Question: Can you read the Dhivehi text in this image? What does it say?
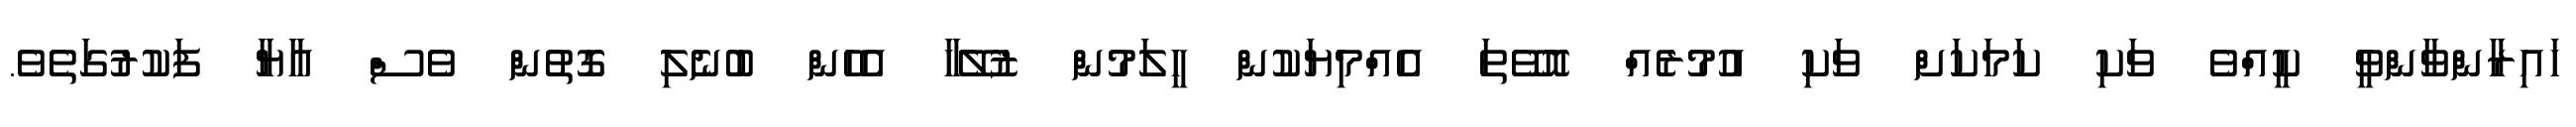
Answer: ހައިރާންވާންވީ ކީއްވެ ވަކި ކަމަކަށް ވަކި އުމުރެއް އޮވޭތަ އެއްމިޔަކުން ހީލަމުން ޒުލޭހާ އެހެން ބުނެލި ގޮތުން ވެސް އާޔާ ފަކުރުގަތެވެ.